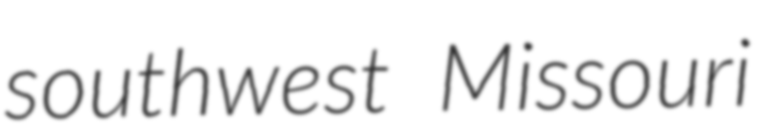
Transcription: southwest Missouri